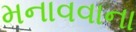
મનાવવાના